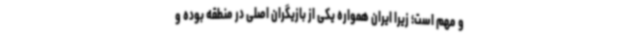
و مهم است؛ زیرا ایران همواره یکی از بازیگران اصلی در منطقه بوده و